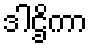
ဒါဌိကာ